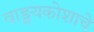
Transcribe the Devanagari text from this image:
वाङ्मयकोशाचे